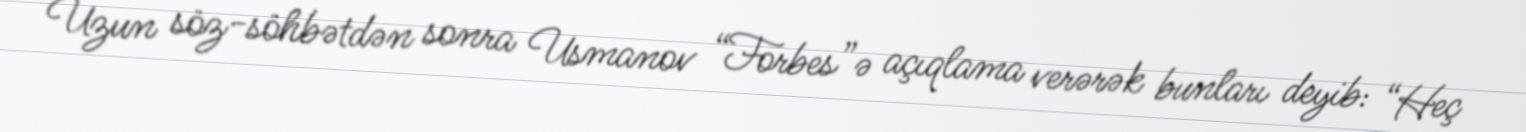
Uzun söz-söhbətdən sonra Usmanov “Forbes”ə açıqlama verərək bunları deyib: “Heç